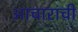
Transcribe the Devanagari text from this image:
आचारांची